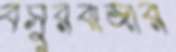
বসুরবাজার